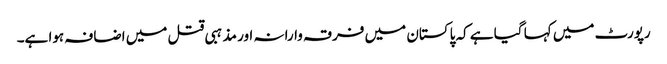
رپورٹ میں کہا گیا ہے کہ پاکستان میں فرقہ وارانہ اور مذہبی قتل میں اضافہ ہوا ہے۔